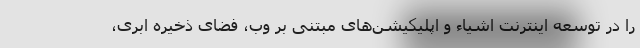
را در توسعه اینترنت اشیاء و اپلیکیشن‌های مبتنی بر وب، فضای ذخیره ابری،